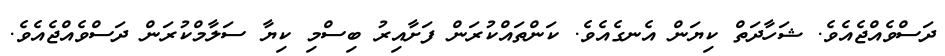
ދަސްވެއްޖެއެވެ. ޝަހާދަތް ކިޔަން އެނގެއެވެ. ކަންތައްކުރަން ފަށާއިރު ބިސްމި ކިޔާ ސަލާމްކުރަން ދަސްވެއްޖެއެވެ.